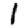
Digit: 1